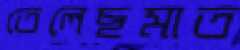
তেলেছমাত